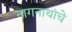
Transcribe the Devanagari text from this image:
नागनाथांचे